Report on vaccination in Madras 1904-1921 - 1904-1921
Year: 1904
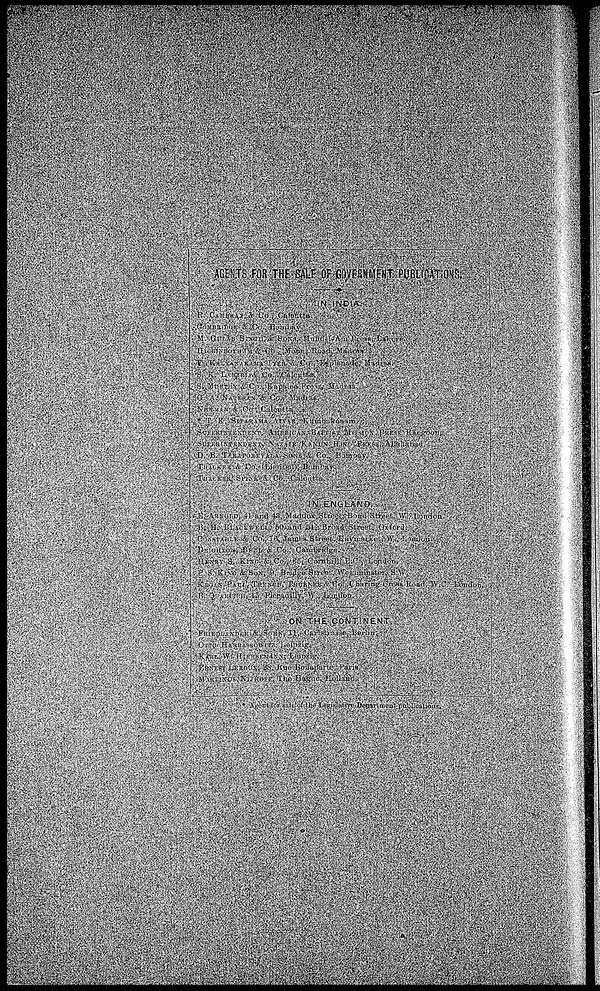
AGENTS FOR THE SALE OF GOVERNMENT PUBLICATIONS.
IN INDIA.
P. CAMBRAY & Co., Calcutta.
COMBRIDGE & Co., Bombay.
M. GULAB SINGH, & SONS, Mufid-I-Am Press, Lahore.
HIGGINBOTHAM & Co., Mount Road, Madras.
V. KALYANARAMA IYER & Co., Esplanade, Madras.
S. K. LAHIRI & Co., Calcutta.
S. MURTHY & Co., Kapalee Press, Madras.
G. A. NATESAN & Co., Madras.
NEWMAN & Co., Calcutta.
T. K. SITARAMA AIYAR, Kumbakónam.
SUPERINTENDENT, AMERICAN BAPTIST MISSION PRESS, Rangoon.
SUPERINTENDENT, NAZAIR KANUN HIND PRESS, Allahabad.
D. B. TARAPOREVALA SONS & Co., Bombay.
THAKER & Co. (Limited), Bombay.
THACKER, SPINK & Co., Calcutta.
IN ENGLAND.
E. ARNOLD, 41 and 43, Maddox, Street, Bond Street, W., London.
B. H. BLACKWELL, 50 and 51, Broad Street, Oxford.
CONSTABLE & Co., 16, James Street, Haymarket, W., London.
DEIGHTON, BELL & Co., Cambridge.
HENRY S. KING & Co., 65, Cornhill, E.C., London.
P. S. KING & SON, 9, Bridge Street, Westminster, S.W.
KEGAN PAUL, TRENCH, TRUBNER
& Co., Charing Cross Road, W.C., London.
B. QUARITCH, 13, Piccadilly, W., London.
ON THE CONTINENT
FRI EDLANDER
& SOHN, 11, Carlstrasse, Berlin.
OTTO, HARRASSOWITZ, Leipzig.
KARL W. HIERSEMANN, Leipzig.
ERNEST LEROUX, 28, Rue Bonaparte, Paris.
MARTINUS NIJHOFF, The Hague, Holland.
Agent for sale of the Legislative Department publications.